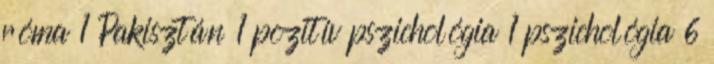
róma 1 Pakisztán 1 pozitív pszichológia 1 pszichológia 6